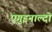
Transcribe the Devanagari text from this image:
एगुइनाल्दो